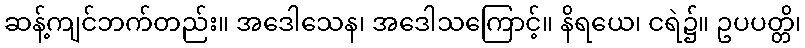
ဆန့်ကျင်ဘက်တည်း။ အဒေါသေန၊ အဒေါသကြောင့်။ နိရယေ၊ ငရဲ၌။ ဥပပတ္တိ၊